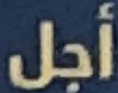
أجل